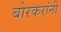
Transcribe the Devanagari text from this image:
बोरकरांनी